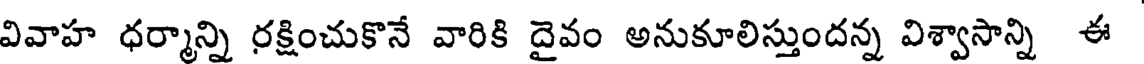
వివాహ ధర్మాన్ని రక్షించుకొనే వారికి దైవం అనుకూలిస్తుందన్న విశ్వాసాన్ని ఈ